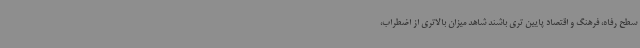
سطح رفاه، فرهنگ و اقتصاد پایین تری باشند شاهد میزان بالاتری از اضطراب،